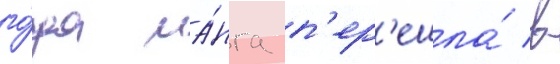
го́да ма́нга п'ер'ешла́ в